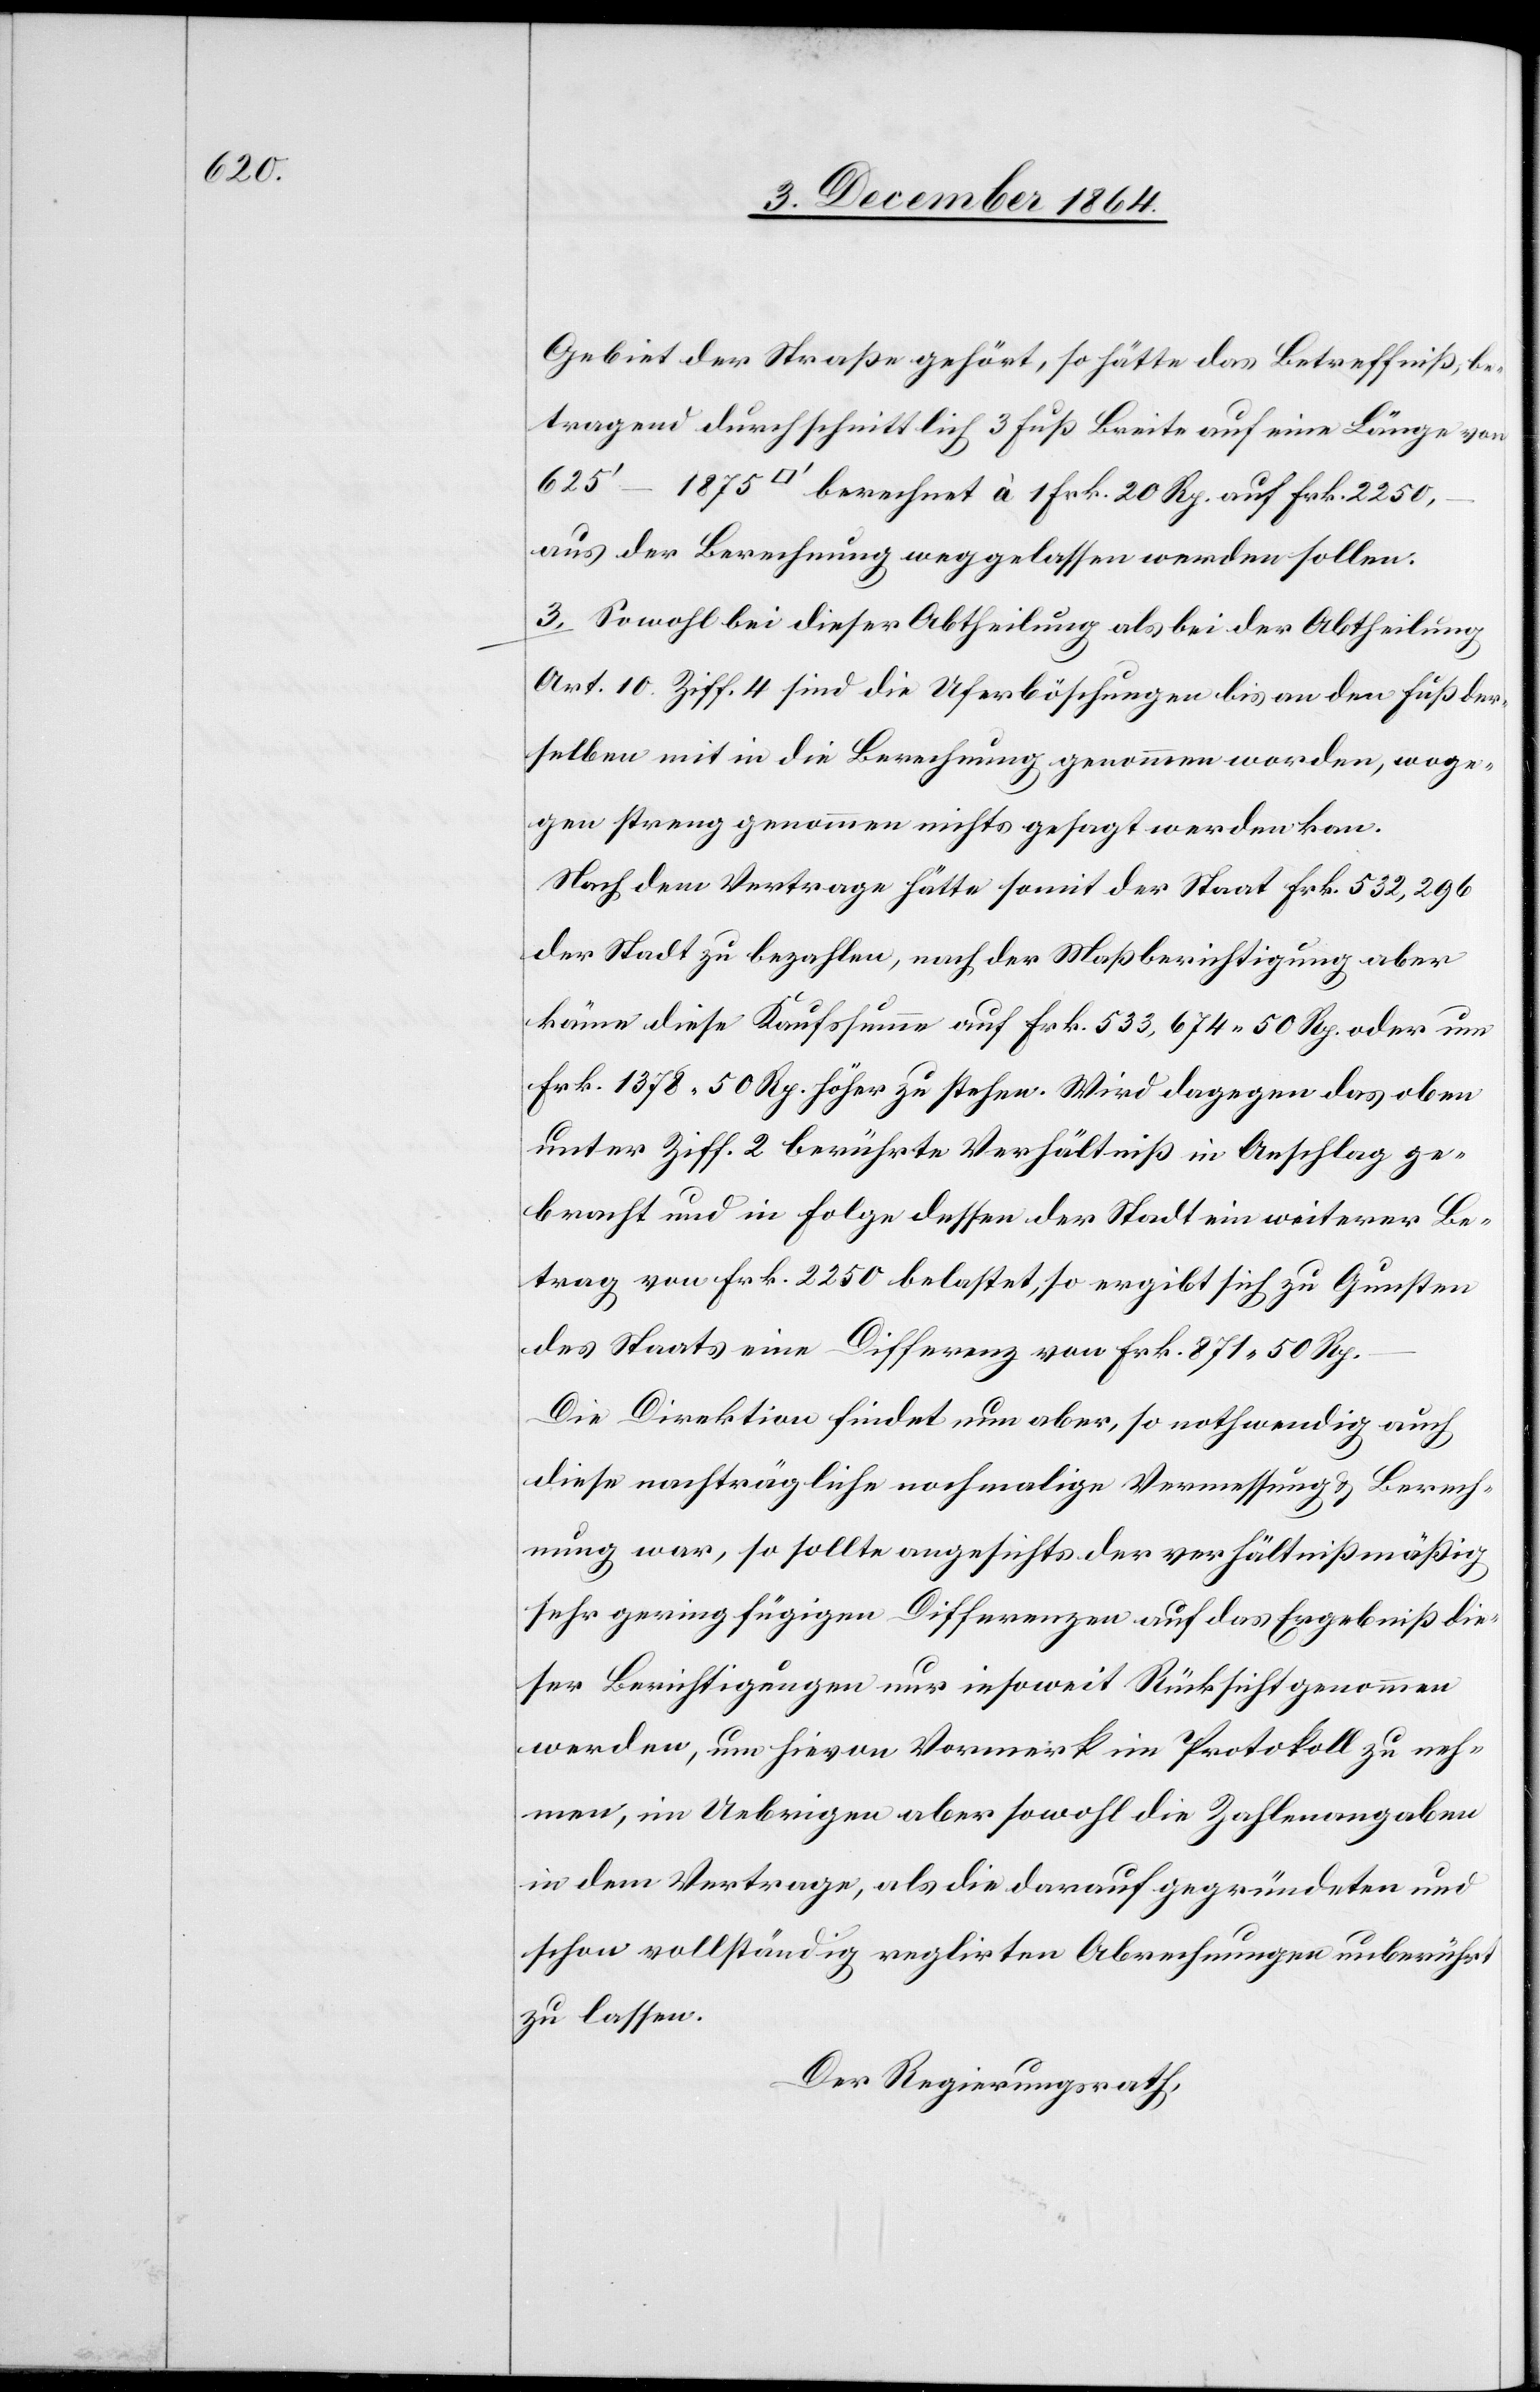
2 250.–

Gebiet der Straße gehört, so hätte das Betreffniß, be¬
tragend durchschnittlich 3 Fuß Breite auf eine Länge von
aus der Berechnung weggelassen werden sollen.
3. Sowohl bei dieser Abtheilung als bei der Abtheilung
Art. 10. Ziff. 4 sind die Uferböschungen bis an den Fuß der¬
selben mit in die Berechnung genommen worden, woge¬
gen streng genommen nichts gesagt werden kan[n].
Nach dem Vertrage hätte somit der Staat Frk. 532,296
der Stadt zu bezahlen, nach der Maßberichtigung aber
käme diese Kaufsumme auf Frk. 533,674.50 Rp. oder um
Frk. 1 378.50 Rp. höher zu stehen. Wird dagegen das oben
unter Ziff. 2 berührte Verhältniß in Anschlag ge¬
bracht und in Folge dessen der Stadt ein weiterer Be¬
trag von Frk. 2 250 belastet, so ergibt sich zu Gunsten
des Staats eine Differenz von Frk. 871.50 Rp.
Die Direktion findet nun aber, so nothwendig auch
diese nachträgliche nochmalige Vermessung & Berech¬
nung war, so sollte angesichts der verhältnißmäßig
sehr geringfügigen Differenzen auf das Ergebniß die¬
ser Berichtigungen nur insoweit Rücksicht genommen
werden, um hievon Vormerk im Protokoll zu neh¬
men, im Uebrigen aber sowohl die Zahlenangaben
in dem Vertrage, als die darauf gegründeten und
schon vollständig reglirten Abrechnungen unberührt
zu lassen.
Der Regierungsrath,